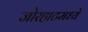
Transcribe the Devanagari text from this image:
जोरहाटमध्ये